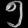
Digit: ၅